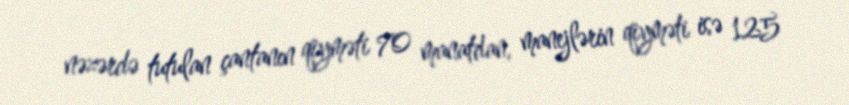
nəzərdə tutulan çantanın qiyməti 70 manatdan, manejlərin qiyməti isə 125